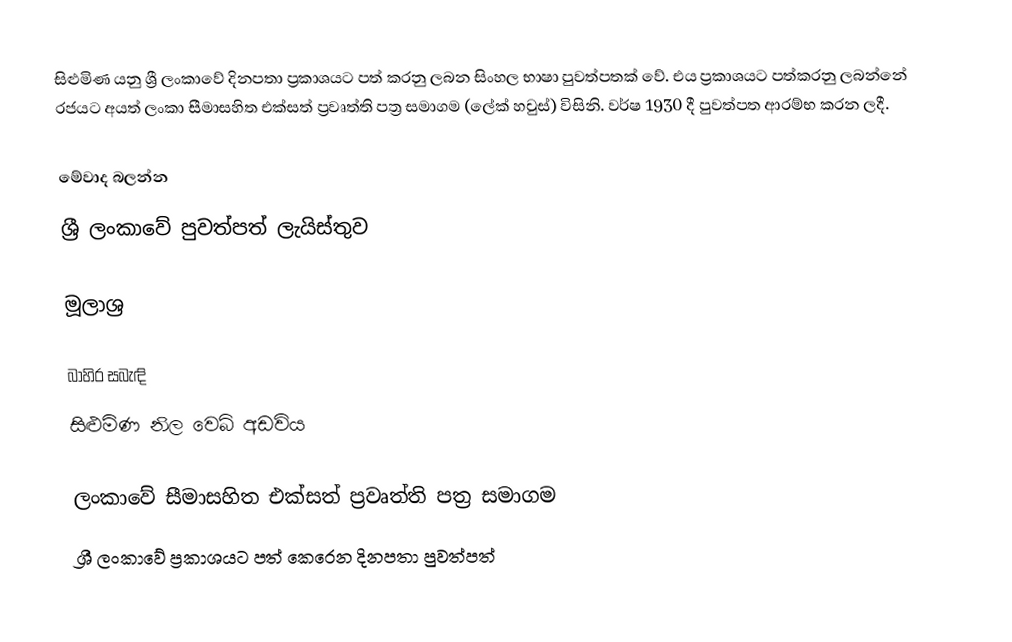
සිළුමිණ යනු ශ්‍රී ලංකාවේ දිනපතා ප්‍රකාශයට පත් කරනු ලබන සිංහල භාෂා පුවත්පතක් වේ. එය ප්‍රකාශයට පත්කරනු ලබන්නේ රජයට අයත් ලංකා සීමාසහිත එක්සත් ප්‍රවෘත්ති පත්‍ර සමා‍ගම (ලේක් හවුස්) විසිනි. වර්ෂ 1930 දී පුවත්පත ආරම්භ කරන ලදී.

මේවාද බලන්න
ශ්‍රී ලංකාවේ පුවත්පත් ලැයිස්තුව

මූලාශ්‍ර

බාහිර සබැඳි
 සිළුමිණ නිල වෙබ් අඩවිය

ලංකාවේ සීමාසහිත එක්සත් ප්‍රවෘත්ති පත්‍ර සමාගම
ශ්‍රී ලංකාවේ ප්‍රකාශයට පත් කෙරෙන දිනපතා පුවත්පත්